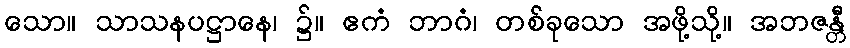
သော။ သာသနပဋ္ဌာနေ၊ ၌။ ဧကံ ဘာဂံ၊ တစ်ခုသော အဖို့သို့။ အဘဇန္တီ